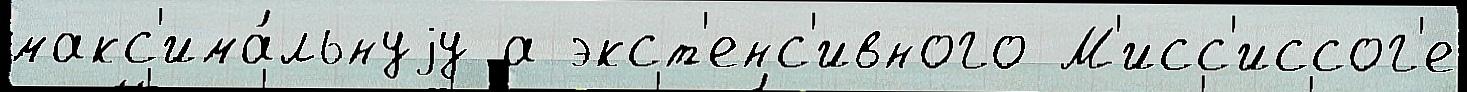
макс'има́льнуjу а экст'енс'ивного М'исс'иссог'е